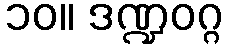
၁၀။ ဒဏ္ဍဝဂ္ဂ